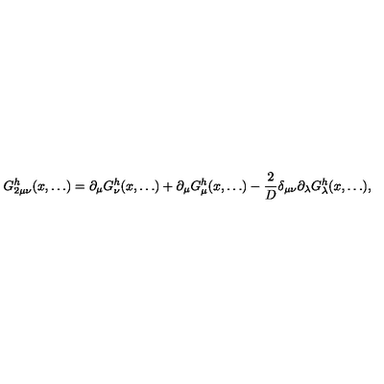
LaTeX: G _ { 2 \mu \nu } ^ { h } ( x , \ldots ) = \partial _ { \mu } G _ { \nu } ^ { h } ( x , \ldots ) + \partial _ { \mu } G _ { \mu } ^ { h } ( x , \ldots ) - \frac { 2 } { D } \delta _ { \mu \nu } \partial _ { \lambda } G _ { \lambda } ^ { h } ( x , \ldots ) ,